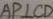
A P \bot C D